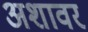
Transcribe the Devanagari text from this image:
अशावर